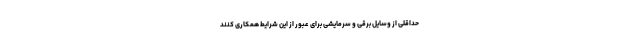
حداقلی از وسایل برقی و سرمایشی برای عبور از این شرایط همکاری کنند